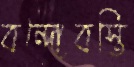
বন্দোবস্তি